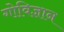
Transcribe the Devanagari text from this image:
गोविज्ञान